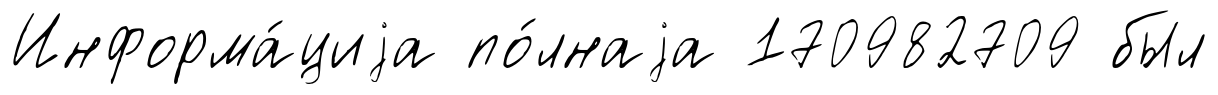
Информа́циjа по́лнаjа 170982709 был